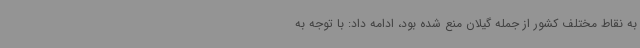
به نقاط مختلف کشور از جمله گیلان منع شده بود، ادامه داد: با توجه به